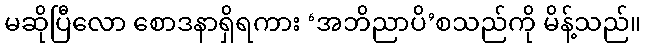
မဆိုပြီလော စောဒနာရှိရကား ‘အဘိညာပိ’စသည်ကို မိန့်သည်။